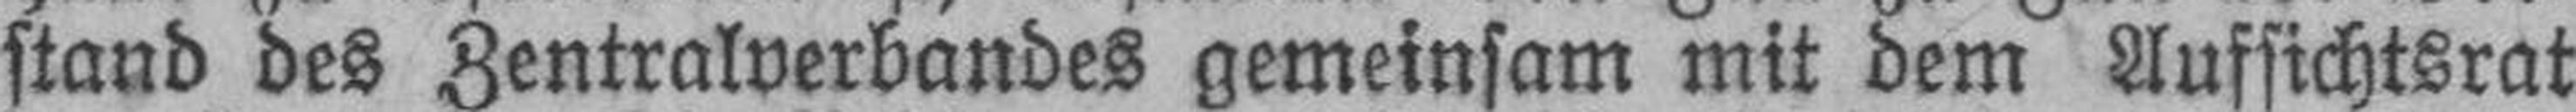
stand des Zentralverbandes gemeinsam mit dem Aufsichtsrat